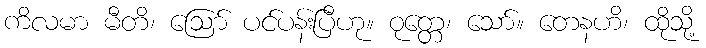
ကိလမာ မီတိ၊ ဩော် ပင်ပန်းပြီဟု။ ဝုတ္တေ၊ သော်။ တေနဟိ၊ ထိုသို့